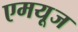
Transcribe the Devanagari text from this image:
एमयूज